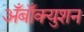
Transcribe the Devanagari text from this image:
अँबाँक्युशन